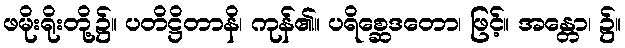
ဖမိုးရိုးတို့၌။ ပတိဋ္ဌိတာနိ၊ ကုန်၏။ ပရိစ္ဆေဒတော၊ ဖြင့်။ အန္တော၊ ၌။